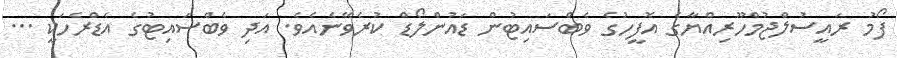
ފޯމު ރައީސުލްޖުމްހޫރިއްޔާގެ އޮފީހުގެ ވެބްސައިޓުން ޑައުންލޯޑް ކުރެވޭނެއެވެ. އަދި ވެބްސައިޓުގެ އެޑްރެހަކީ ...